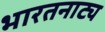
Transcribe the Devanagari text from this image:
भारतनाट्य